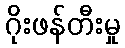
ဂိုးဖန်တီးမှု